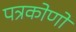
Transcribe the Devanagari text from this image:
पत्रकोणों